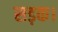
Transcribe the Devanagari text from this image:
सड़क।